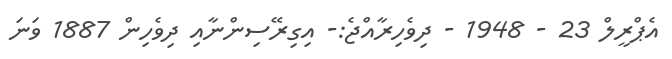
އެޕްރީލް 23 - 1948 - ދިވެހިރާއްޖެ:- އިގިރޭސިންނާއި ދިވެހިން 1887 ވަނަ